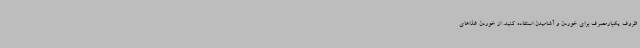
ظروف یکبارمصرف برای خوردن و آشامیدن استفاده کنید. از خوردن غذاهای